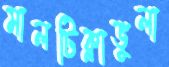
মালটিক্লাভুলা